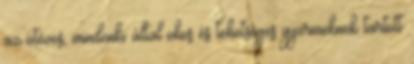
az ötéves, mindenki által okos és tehetséges gyermeknek tartott